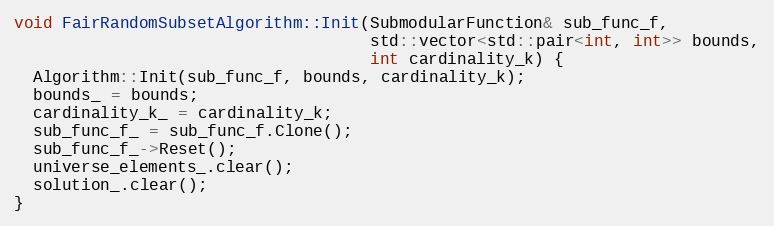
Language: C++
void FairRandomSubsetAlgorithm::Init(SubmodularFunction& sub_func_f,
                                     std::vector<std::pair<int, int>> bounds,
                                     int cardinality_k) {
  Algorithm::Init(sub_func_f, bounds, cardinality_k);
  bounds_ = bounds;
  cardinality_k_ = cardinality_k;
  sub_func_f_ = sub_func_f.Clone();
  sub_func_f_->Reset();
  universe_elements_.clear();
  solution_.clear();
}